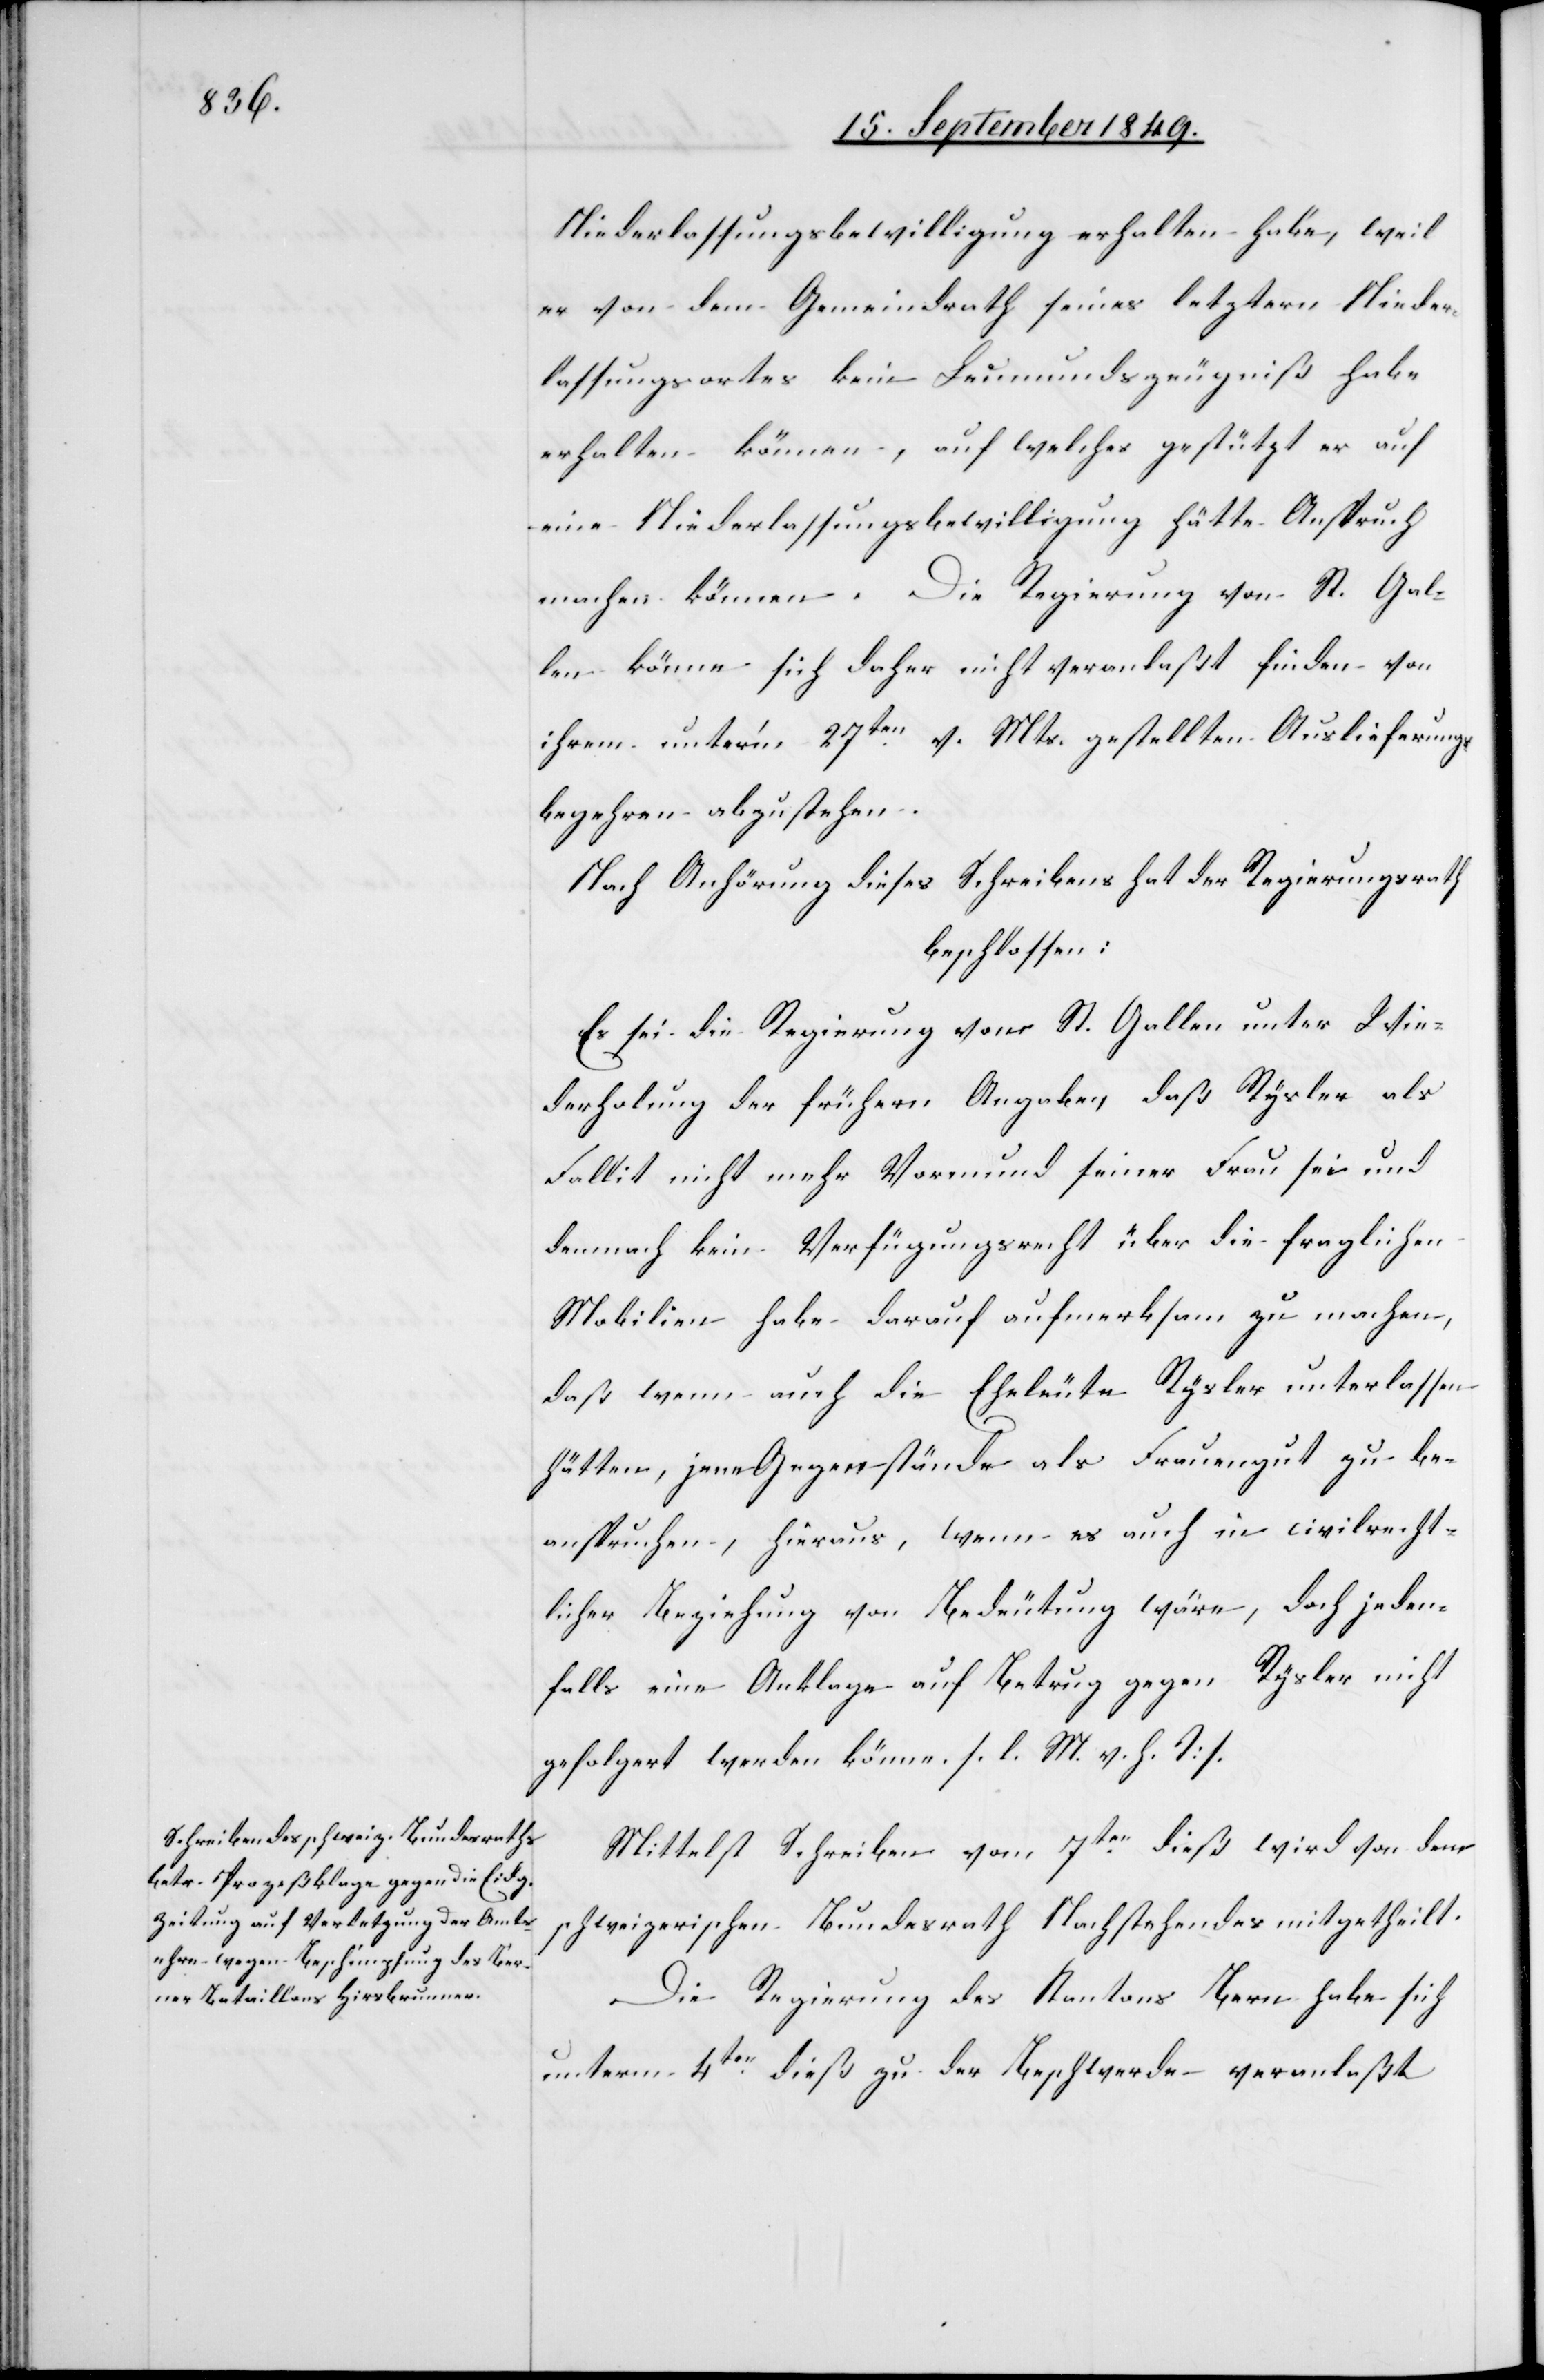
Niederlassungsbewilligung erhalten habe, weil
er von dem Gemeindrath seines letztern Nieder¬
lassungsortes kein Leumundszeugniß habe
erhalten können, auf welches gestützt er auf
eine Niederlasungsbewilligung hätte Anspruch
machen können. Die Regierung von St. Gal¬
len könne sich daher nicht veranlaßt finden von
ihrem unter’m 27ten v. Mts. gestellten Auslieferungs¬
begehren abzustehen.
Nach Anhörung dieses Schreibens hat der Regierungsrath
beschlossen:
Es sei die Regierung von St. Gallen unter Wie¬
derholung der frühern Angaben, daß Rysler als
Fallit nicht mehr Vormund seiner Frau sei und
demnach kein Verfügungsrecht über die fraglichen
Mobilien habe darauf aufmerksam zu machen,
daß wenn auch die Eheleute Rysler unterlassen
hätten, jene Gegenstände als Frauengut zu be¬
anspruchen, hieraus, wenn es auch in civilrecht¬
licher Beziehung von Bedeutung wäre, doch jeden¬
falls eine Anklage auf Betrug gegen Rysler nicht
gefolgert werden könne. [l. M. v. h. T]
Mittelst Schreiben vom 7ten dieß wird von dem
schweizerischen Bundesrath Nachstehendes mitgetheilt.
Die Regierung des Kantons Bern habe sich
unterm 4ten dieß zu der Beschwerde veranlaßt